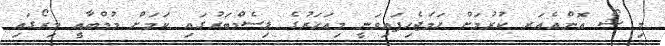
މި ޝޯ އޮންއެއަރ ކުރުމަށް ހަމަޖެހިފައިވަނީ މިއަހަރުގެ ޑިސެމްބަރުގައި ކަމަށް މުމްބާއީ މިރޯގައި